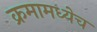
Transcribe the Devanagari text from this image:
क्रमामध्येच